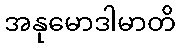
အနုမောဒါမာတိ